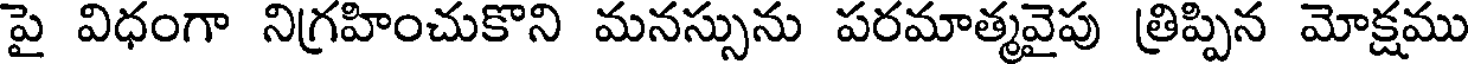
పై విధంగా నిగ్రహించుకొని మనస్సును పరమాత్మవైపు త్రిప్పిన మోక్షము